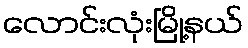
လောင်းလုံးမြို့နယ်